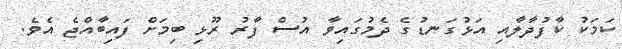
ކަމަކު ކާފުދާލާއި އަޅުގަނޑުގެ ދެމުގައިވާ އުސް ފާރު ރޫޅި ބިމަށް ފައިބާއްޖެ އެވެ.